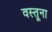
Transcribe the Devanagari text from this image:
वस्तूना